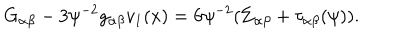
LaTeX: G _ { \alpha \beta } - 3 \psi ^ { - 2 } g _ { \alpha \beta } v _ { 1 } ( x ) = 6 \psi ^ { - 2 } ( \Sigma _ { \alpha \beta } + \tau _ { \alpha \beta } ( \psi ) ) .